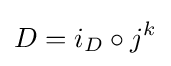
D=i_{D}\circ j^{k}